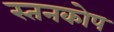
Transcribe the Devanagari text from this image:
स्तनकोप